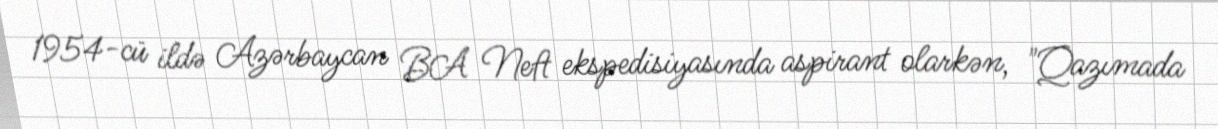
1954-cü ildə Azərbaycan BA Neft ekspedisiyasında aspirant olarkən, "Qazımada